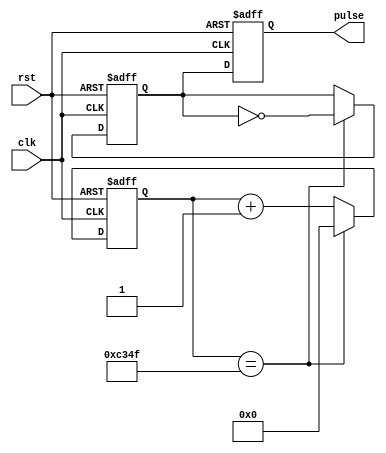
module simple_pulse_generator (
    input wire clk,
    input wire rst,
    output wire pulse
);

reg [31:0] count;
reg pulse_reg;

// Timing control module
parameter PULSE_DURATION = 50000; // Set pulse duration to 50000 clocks
parameter CLOCK_DIVIDER = 25000; // Set clock divider to 25000 for pulse frequency

always @ (posedge clk or posedge rst) begin
    if (rst) begin
        count <= 0;
        pulse_reg <= 0;
    end else begin
        if (count == PULSE_DURATION - 1) begin
            count <= 0;
            pulse_reg <= ~pulse_reg;
        end else begin
            count <= count + 1;
        end
    end
end

// Synchronization block
always @ (posedge clk or posedge rst) begin
    if (rst) begin
        pulse <= 0;
    end else begin
        pulse <= pulse_reg;
    end
end

endmodule